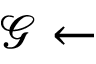
\mathcal { G } \leftarrow